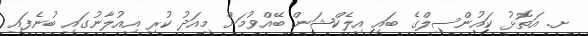
ށ. އަތޮޅު ކައުންސިލްގެ ބައި އިލެކްޝަން ބޭއްވުމަށް މިއަދު ކުރި އިއުލާނުގައި ބުނެފައި